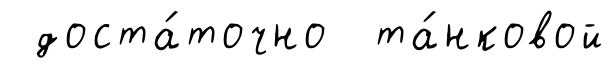
доста́точно та́нковой